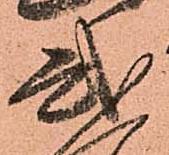
弐